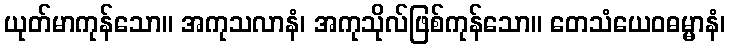
ယုတ်မာကုန်သော။ အကုသလာနံ၊ အကုသိုလ်ဖြစ်ကုန်သော။ တေသံယေဝဓမ္မာနံ၊